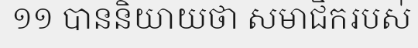
១១ បាននិយាយថា សមាជិករបស់